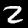
Digit: 2